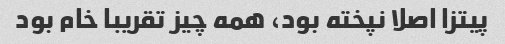
پیتزا اصلا نپخته بود، همه چیز تقریبا خام بود